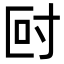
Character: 尀